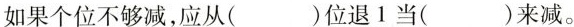
如果个位不够减，应从( )位退1当( )来减。